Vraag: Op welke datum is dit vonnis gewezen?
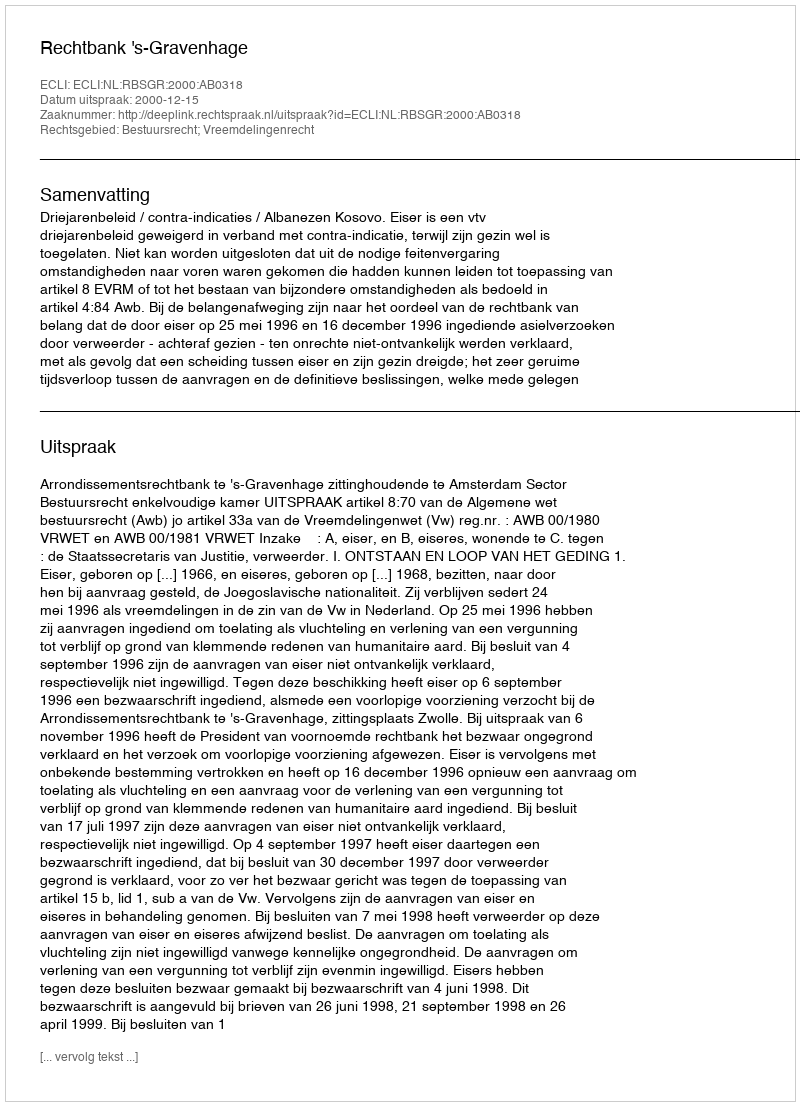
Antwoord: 2000-12-15